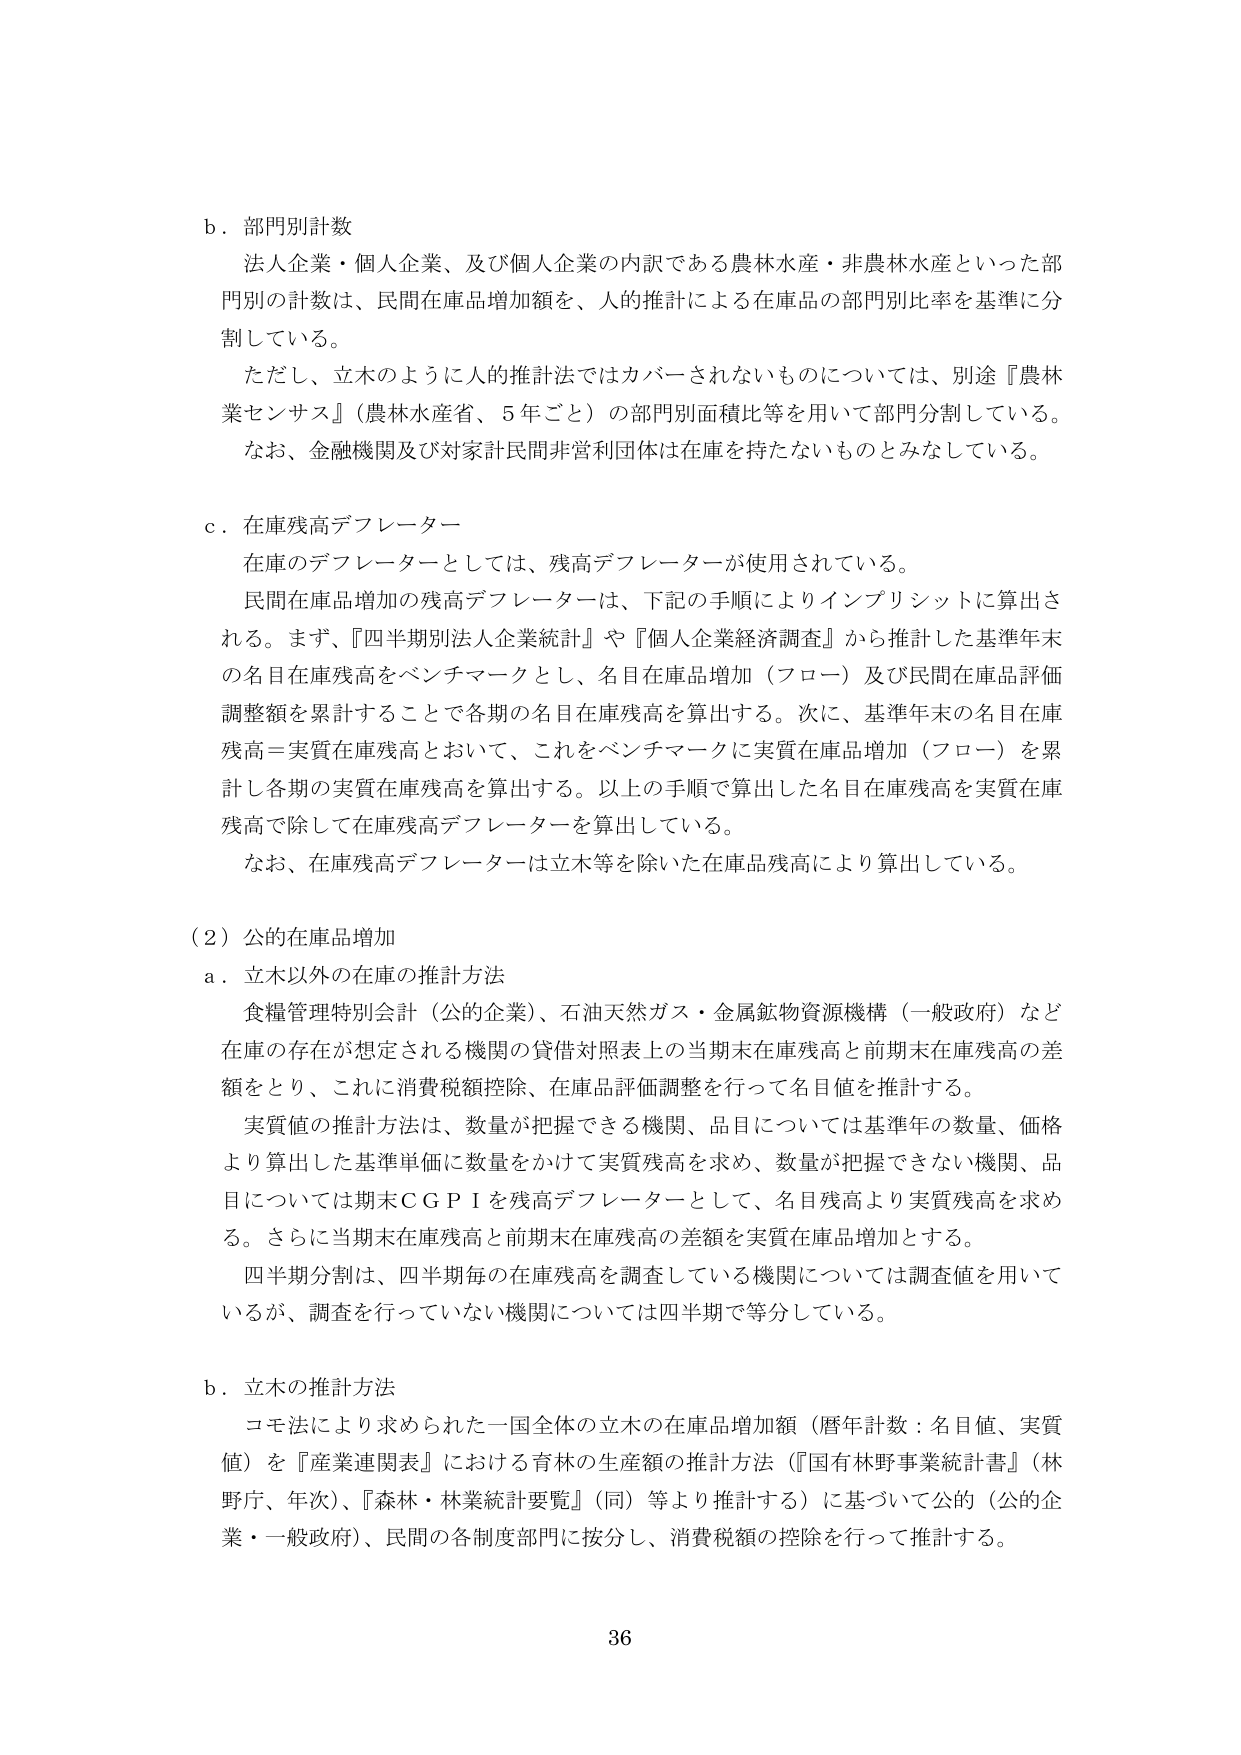
b．部門別計数
法人企業・個人企業、及び個人企業の内訳である農林水産・非農林水産といった部門別の計数は、民間在庫品増加額を、人的推計による在庫品の部門別比率を基準に分割している。
ただし、立木のように人的推計法ではカバーされないものについては、別途『農林業センサス』（農林水産省、5年ごと）の部門別面積比等を用いて部門分割している。
なお、金融機関及び対象計民間非営利団体は在庫を持たないものとみなしている。

c．在庫残高デフレーター
在庫のデフレーターとしては、残高デフレーターが使用されている。
民間在庫品増加の残高デフレーターは、下記の手順によりインプリシットに算出される。まず、『四半期別法人企業統計』や『個人企業経済調査』から推計した基準年末の名目在庫残高をベンチマークとし、名目在庫品増加（フロー）及び民間在庫品評価調整額を累計することで各期の名目在庫残高を算出する。次に、基準年末の名目在庫残高＝実質在庫残高とおいて、これをベンチマークに実質在庫品増加（フロー）を累計し各期の実質在庫残高を算出する。以上の手順で算出した名目在庫残高を実質在庫残高で除して在庫残高デフレーターを算出している。
なお、在庫残高デフレーターは立木等を除いた在庫品残高により算出している。

（2）公的在庫品増加
a．立木以外の在庫の推計方法
食糧管理特別会計（公的企業）、石油天然ガス・金属鉱物資源機構（一般政府）など在庫の存在が想定される機関の貸借対照表上の当期末在庫残高と前期末在庫残高の差額をとり、これに消費税額控除、在庫品評価調整を行って名目値を推計する。
実質値の推計方法は、数量が把握できる機関、品目については基準年の数量、価格より算出した基準単価に数量をかけて実質残高を求め、数量が把握できない機関、品目については期末ＣＧＰＩを残高デフレーターとして、名目残高より実質残高を求める。さらに当期末在庫残高と前期末在庫残高の差額を実質在庫品増加とする。
四半期分割は、四半期毎の在庫残高を調査している機関については調査値を用いているが、調査を行っていない機関については四半期で等分している。

b．立木の推計方法
コモ法により求められた一国全体の立木の在庫品増加額（暦年計数：名目値、実質値）を『産業連関表』における育林の生産額の推計方法（『国有林野事業統計書』（林野庁、年次）、『森林・林業統計要覧』（同）等より推計する）に基づいて公的（公的企業・一般政府）、民間の各制度部門に按分し、消費税額の控除を行って推計する。

36